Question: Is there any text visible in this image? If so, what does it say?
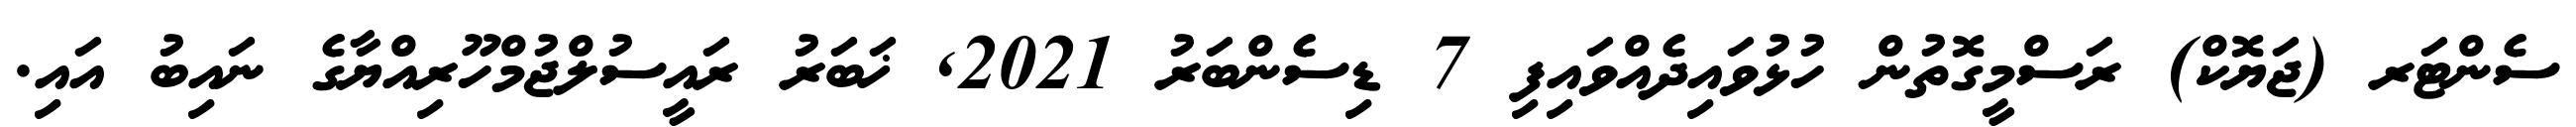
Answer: ސެންޓަރ (ޖަޔޮކް) ރަސްމީގޮތުން ހުޅުވައިދެއްވައިފި 7 ޑިސެންބަރު 2021, ޚަބަރު ރައީސުލްޖުމްހޫރިއްޔާގެ ނައިބު އައި.